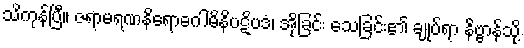
သိကုန်ပြီ။ ဇရာမရဏနိရောဓဂါမိနိပဋိပဒံ၊ အိုခြင်း သေခြင်း၏ ချုပ်ရာ နိဗ္ဗာန်သို့